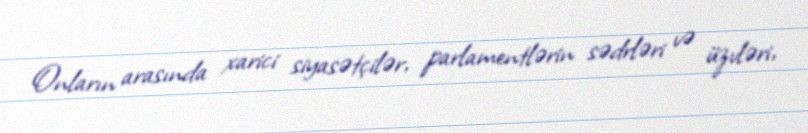
Onların arasında xarici siyasətçilər, parlamentlərin sədrləri və üzvləri,